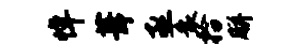
悼葺亟衰拾胼